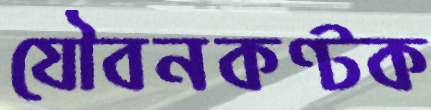
যৌবনকণ্টক